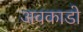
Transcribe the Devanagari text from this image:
अवकाडाे